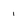
Character: 1